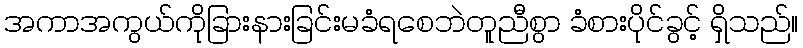
အကာအကွယ်ကိုခြားနားခြင်းမခံရစေဘဲတူညီစွာ ခံစားပိုင်ခွင့် ရှိသည်။